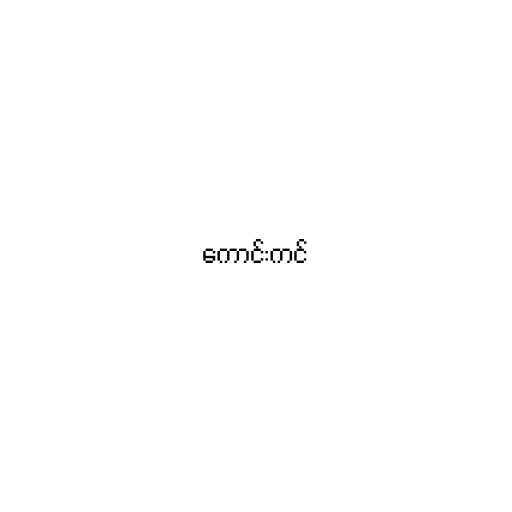
ကောင်းကင်